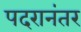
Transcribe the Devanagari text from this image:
पदरानंतर